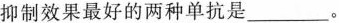
抑制效果最好的两种单抗是___。